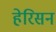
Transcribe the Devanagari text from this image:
हेरिसन